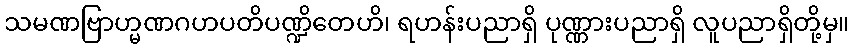
သမဏဗြာဟ္မဏဂဟပတိပဏ္ဍိတေဟိ၊ ရဟန်းပညာရှိ ပုဏ္ဏားပညာရှိ လူပညာရှိတို့မှ။